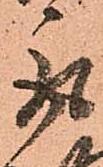
取